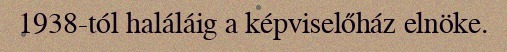
1938-tól haláláig a képviselőház elnöke.